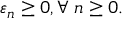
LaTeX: \varepsilon _ { n } \geq 0 , \forall \; n \geq 0 .